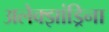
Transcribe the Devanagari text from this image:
अलेक्झांड्रिना